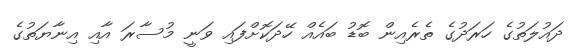
ދައުލަތުގެ ހަރަދުގެ ތެރެއިން ބޮޑު ބައެއް ހޭދަކޮށްފައި ވަނީ މުސާރަ އާއި އިނާޔަތުގެ